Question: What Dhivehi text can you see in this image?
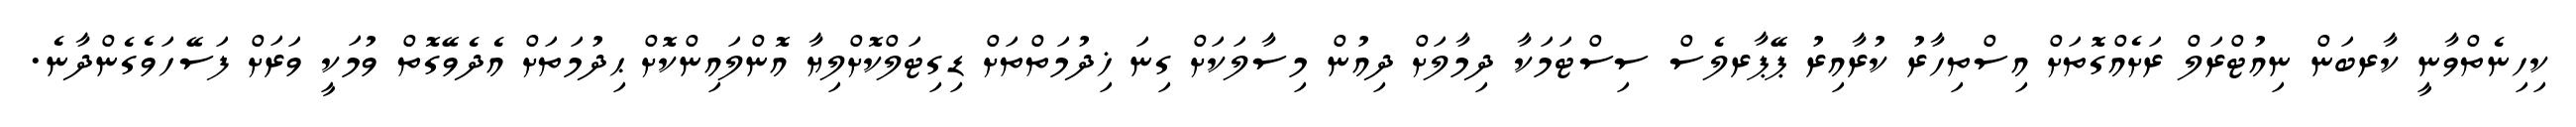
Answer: ކިހިނެތްވާނީ ކާރބަން ނިއުޓްރަލް ރަށެއްގޮތަށް އިސްތިހާރު ކުރާއިރު ޕޭޕާރލެސް ސިސްޓަމަކާ ދިމާލަށް ދިއުން މިސާލަކަށް ގިނަ ޚިދުމަތްތަށް ޑިގިޓަލްކޮށްލިޔާ އޮންލައިންކޮށް ޙިދުމަތަށް އެދެވޭގޮތް ވުމަކީ ވަރަށް ފަސޭހަވެގެންދާނެ.